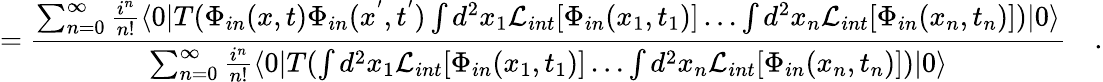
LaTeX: =\frac{\sum_{n=0}^{\infty}\frac{i^{n}}{n!}\langle 0|T(\Phi_{in}(x,t)\Phi_{in}(x^{'},t^{'})\int d^{2}x_{1}{\cal L}_{int}[\Phi_{in}(x_{1},t_{1})]\dots\int d^{2}x_{n}{\cal L}_{int}[\Phi_{in}(x_{n},t_{n})])|0\rangle}{\sum_{n=0}^{\infty}\frac{i^{n}}{n!}\langle 0|T(\int d^{2}x_{1}{\cal L}_{int}[\Phi_{in}(x_{1},t_{1})]\dots\int d^{2}x_{n}{\cal L}_{int}[\Phi_{in}(x_{n},t_{n})])|0\rangle}\quad.